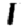
Digit: 1